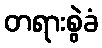
တရားစွဲခံ